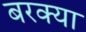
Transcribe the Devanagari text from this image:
बरक्या